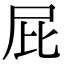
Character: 屁